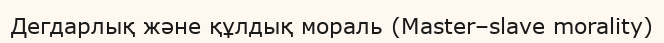
Дегдарлық және құлдық мораль (Master–slave morality)